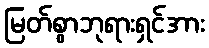
မြတ်စွာဘုရားရှင်အား